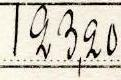
123,20